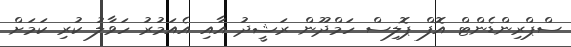
ސްޕްރިންޑެންޓް އޮފް ޕޮލިސް ހަމްދޫން ރަޝީދު އާއި އެއަމުރު ހަވާލު ކުރި ކަމަށް